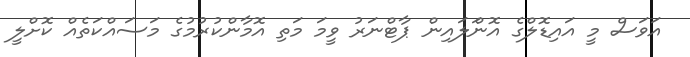
އަވަސް މީ އައިޑޮލްގެ އޮންަލައިން ޕާޓްނަރު ވީމަ މަތި އޮމާންކުރުމުގެ މަސައްކަތެއް ކޮށްލީ